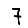
Digit: 7